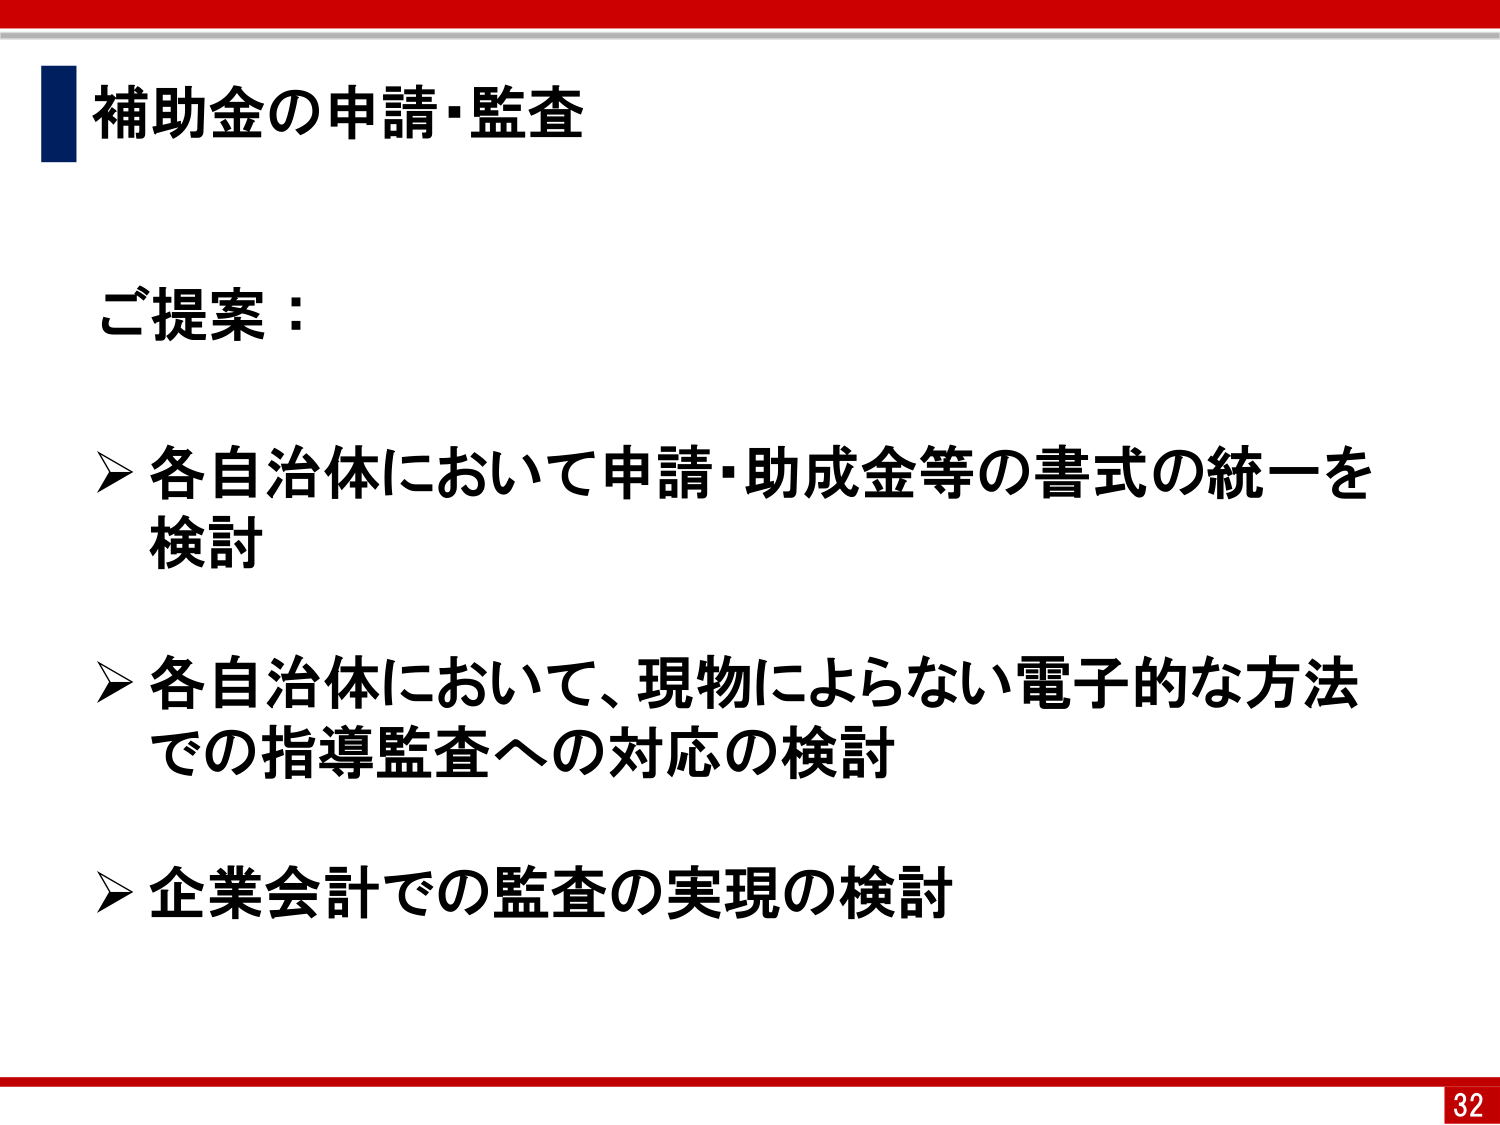
補助金の申請・監査

ご提案：

▶ 各自治体において申請・助成金等の書式の統一を
検討

▶ 各自治体において、現物によらない電子的方法
での指導監査への対応の検討

▶ 企業会計での監査の実現の検討

32